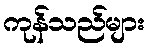
ကုန်သည်များ